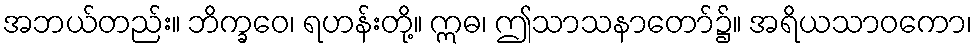
အဘယ်တည်း။ ဘိက္ခဝေ၊ ရဟန်းတို့။ ဣဓ၊ ဤသာသနာတော်၌။ အရိယသာဝကော၊